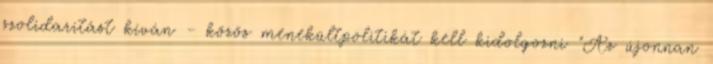
szolidaritást kíván - közös menekültpolitikát kell kidolgozni "Az újonnan